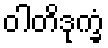
ဝါတိဒုက္ခံ